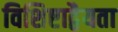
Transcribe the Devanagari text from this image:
विशिष्टाद्वैयता